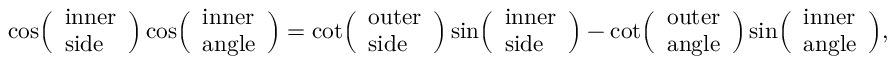
\cos \! { \Bigl ( } { \begin{array} { l } { { \mathrm { i n n e r } } } \\ { { \mathrm { s i d e } } } \end{array} } { \Bigr ) } \cos \! { \Bigl ( } { \begin{array} { l } { { \mathrm { i n n e r } } } \\ { { \mathrm { a n g l e } } } \end{array} } { \Bigr ) } = \cot \! { \Bigl ( } { \begin{array} { l } { { \mathrm { o u t e r } } } \\ { { \mathrm { s i d e } } } \end{array} } { \Bigr ) } \sin \! { \Bigl ( } { \begin{array} { l } { { \mathrm { i n n e r } } } \\ { { \mathrm { s i d e } } } \end{array} } { \Bigr ) } - \cot \! { \Bigl ( } { \begin{array} { l } { { \mathrm { o u t e r } } } \\ { { \mathrm { a n g l e } } } \end{array} } { \Bigr ) } \sin \! { \Bigl ( } { \begin{array} { l } { { \mathrm { i n n e r } } } \\ { { \mathrm { a n g l e } } } \end{array} } { \Bigr ) } ,